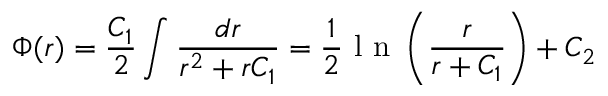
\Phi ( r ) = \frac { C _ { 1 } } { 2 } \displaystyle \int \frac { d r } { r ^ { 2 } + r C _ { 1 } } = \frac { 1 } { 2 } \mathrm { ~ l ~ n ~ } \left( \frac { r } { r + C _ { 1 } } \right) + C _ { 2 }